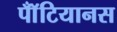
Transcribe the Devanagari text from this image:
पॉँटियानस